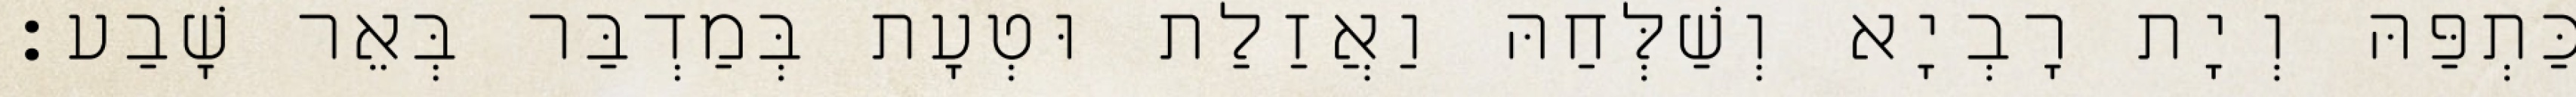
כַּתְפַּהּ וְיָת רָבְיָא וְשַׁלְּחַהּ וַאֲזַלַת וּטְעָת בְּמַדְבַּר בְּאֵר שָׁבַע׃